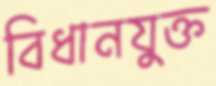
বিধানযুক্ত